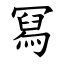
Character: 冩